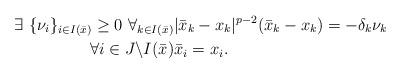
LaTeX: \begin{align*}\exists\ \{\nu_{i}\}_{i\in I(\bar{x})}\geq 0\ \forall_{k\in I(\bar{x})} &|\bar{x}_k-x_k|^{p-2}{(\bar{x}_k-x_k)} =- \delta_k \nu_k\\\forall i \in J\backslash I(\bar{x}) & \bar{x}_i=x_i.\end{align*}